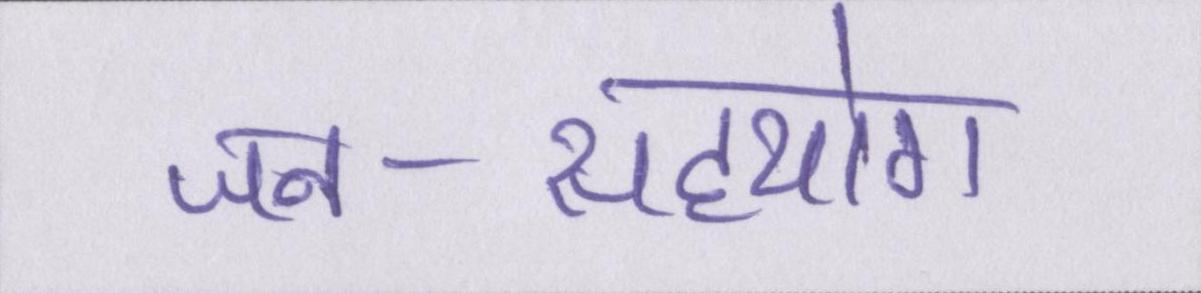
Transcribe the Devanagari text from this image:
जन-सहयोग